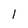
Character: 1